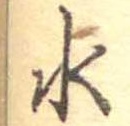
水